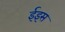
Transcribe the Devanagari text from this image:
ईइस